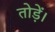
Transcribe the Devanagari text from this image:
तोड़ें।